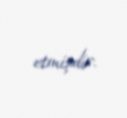
etmişdir.